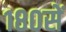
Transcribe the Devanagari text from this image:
१८०सें